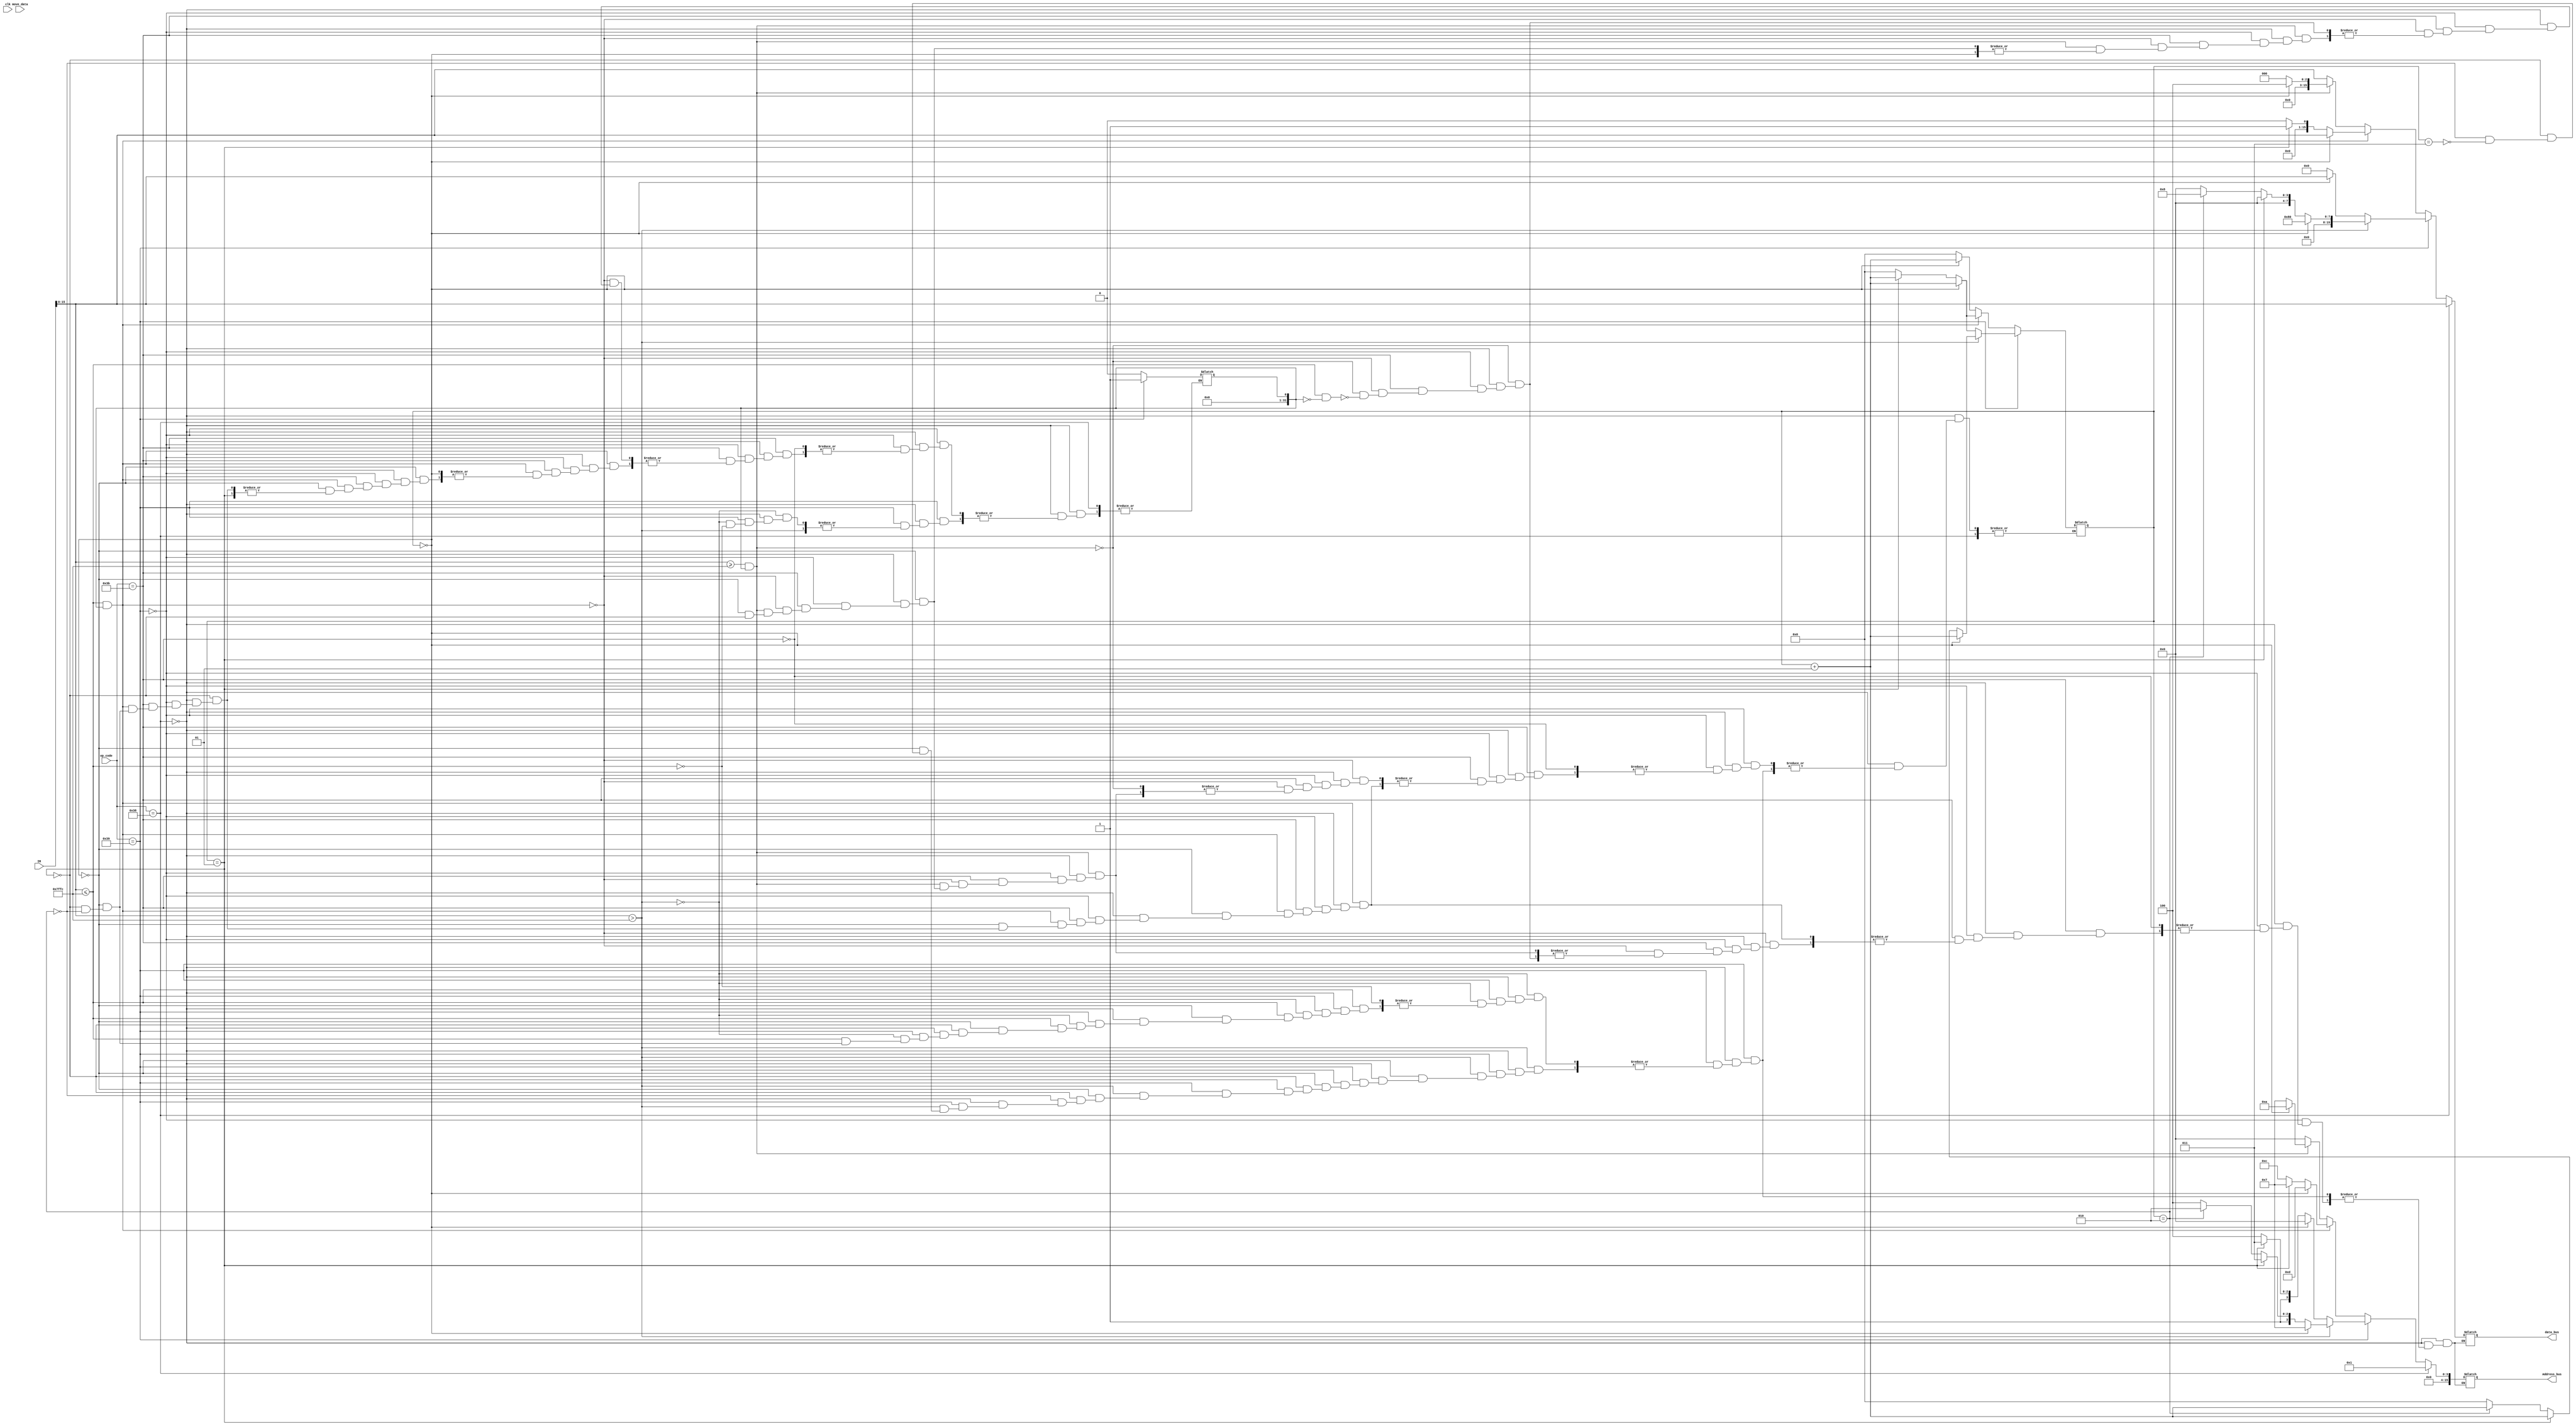
module DMA_registers_data(IR,clk,op_code,move_data,data_bus,Address_bus);
input[15:0]move_data;
input[5:0]op_code;
input clk;
input [31:0] IR ; 
integer flag;
integer memory;
output reg[15:0]data_bus,Address_bus;
initial begin flag=0;memory=0; end
always@(IR)
begin
if(op_code==56)
begin
data_bus=IR[15:0]; //2 cycles to write in word count 
Address_bus=1;
end
else if(op_code==57)
begin
if(IR[15:0]>8191*4)//prephiral to .....
begin
if(flag==0)
begin
Address_bus=7; //command register address
data_bus=32'h00000080;
flag=flag+1;
end
else if(flag==1)
begin
Address_bus=11; //mask register address
data_bus=32'h00000000;
flag=flag+1;
end
else if(flag==2)
begin
Address_bus=10; //mode register address
data_bus=32'h00000008;//read from this channel (IO to mem)
flag=flag+1;
end
else if(flag==3)
begin
Address_bus=12; //request register address
data_bus=32'h00000000;
flag=0;
end
end
else if(IR[15:0]<=8191*4)//memory to ....
begin
memory=1;   //memory source indication
if(flag==0)
begin
data_bus=IR[15:0]; // base Address data
Address_bus=0;	//baseAddress address 
flag=flag+1;
end
else if(flag==1)
begin
Address_bus=11; //mask register address
data_bus=32'h00000000;
flag=flag+1;
end
else if(flag==2)
begin
Address_bus=12; //request register address
data_bus=32'h00000000;
flag=0;
end
end
end
else if (op_code==59)
begin
if(IR[15:0]<=4*8191 && memory)//memory to memory
begin
if(flag==0)
begin
Address_bus=13;//destination baseaddress register
data_bus=IR[15:0];
flag=flag+1;
end
else if(flag==1)
begin
Address_bus=7;//command register
data_bus=32'h00000001; // mem to mem enable
flag=flag+1;
end
else if(flag==2)
begin
Address_bus=12; //request register address
data_bus=32'h00000000;
flag=0;
memory=0;
end
end
else if(IR[15:0]>=4*8191 && memory)//memory to IO
begin
if(flag==0)
begin
Address_bus=10; //mode register address
data_bus=32'h00000004;//write to this channel (mem to io)
flag=flag+1;
end
else if(flag==1)
begin
Address_bus=7; //command register address
data_bus=32'h00000000;//mem to mem disable
flag=0;
memory=0;
end
end
else if(IR[15:0]<=4*8191 && !memory)//IO to memory
begin
memory=0;
data_bus=IR[15:0]; // base Address data
Address_bus=0;	//baseAddress address 
end

end

end


endmodule
module tb_rrrr();
reg [5:0] op_code;
reg [15:0] move_data ;
wire [15:0] data_bus , address_bus;
reg clk;
DMA_registers_data my(clk,op_code,move_data,data_bus,address_bus);



endmodule